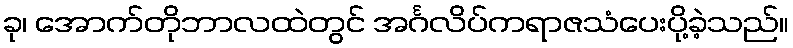
ခု၊ အောက်တိုဘာလထဲတွင် အင်္ဂလိပ်ကရာဇသံပေးပို့ခဲ့သည်။